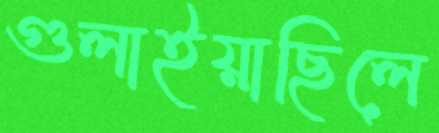
গুলাইয়াছিলে